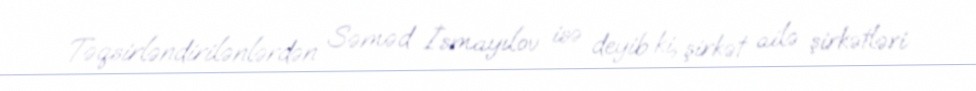
Təqsirləndirilənlərdən Səməd İsmayılov isə deyib ki, şirkət ailə şirkətləri